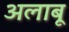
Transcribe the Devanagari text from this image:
अलाबू